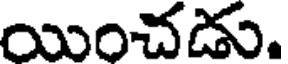
యించడు.